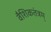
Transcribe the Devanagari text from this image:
वैशिकतंत्रम्